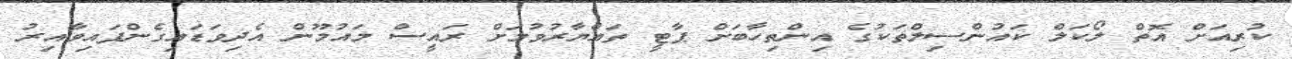
ކުރިއަށް އޮތް ލޯކަލް ކައުންސިލްތަކުގެ އިންތިހާބަށް ޕާޓީ ތައްޔާރުވުމަށް ރައީސް މައުމޫން އެދިވަޑައިގެންފައިވާއިރު